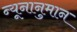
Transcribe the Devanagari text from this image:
न्यूनानुमान